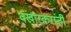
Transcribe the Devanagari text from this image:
वखारकरांती